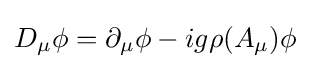
D_{\mu }\phi =\partial _{\mu }\phi -ig\rho (A_{\mu })\phi